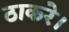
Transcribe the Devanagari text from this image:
ठाकरे।